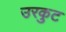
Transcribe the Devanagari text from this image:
उरकुट